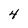
Character: 4